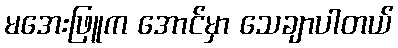
မအေးဖြူက အောင်မှာ သေချာပါတယ်